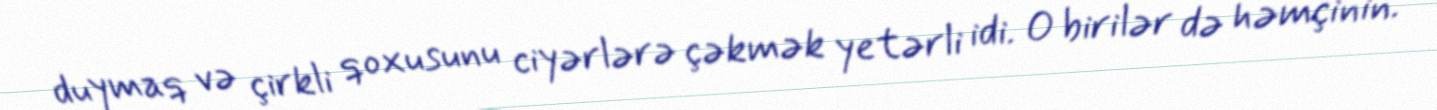
duymaq və çirkli qoxusunu ciyərlərə çəkmək yetərli idi. O birilər də həmçinin.